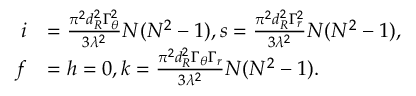
\begin{array} { r l } { i } & { = \frac { { { \pi ^ { 2 } } d _ { R } ^ { 2 } \Gamma _ { \theta } ^ { 2 } } } { { 3 { \lambda ^ { 2 } } } } N ( { N ^ { 2 } } - 1 ) , s = \frac { { { \pi ^ { 2 } } d _ { R } ^ { 2 } \Gamma _ { r } ^ { 2 } } } { { 3 { \lambda ^ { 2 } } } } N ( { N ^ { 2 } } - 1 ) , } \\ { f } & { = h = 0 , k = \frac { { { \pi ^ { 2 } } d _ { R } ^ { 2 } { \Gamma _ { \theta } } { \Gamma _ { r } } } } { { 3 { \lambda ^ { 2 } } } } N ( { N ^ { 2 } } - 1 ) . } \end{array}